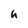
Character: h